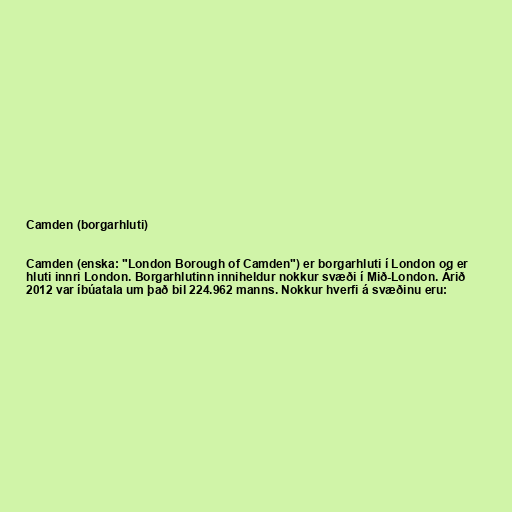
Camden (borgarhluti)

Camden (enska: "London Borough of Camden") er borgarhluti í London og er
hluti innri London. Borgarhlutinn inniheldur nokkur svæði í Mið-London. Árið
2012 var íbúatala um það bil 224.962 manns. Nokkur hverfi á svæðinu eru: